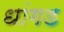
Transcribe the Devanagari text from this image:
धांगड